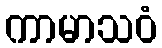
ကာမာသဝံ